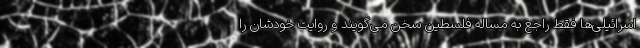
اسرائیلی‌ها فقط راجع به مساله فلسطین سخن می‌گویند و روایت خودشان را